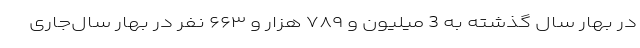
در بهار سال گذشته به 3 میلیون و ۷۸۹ هزار و ۶۶۳ نفر در بهار سال‌جاری